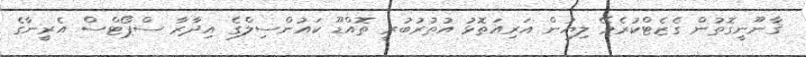
ޤާނޫނީގޮތުން ގެޒެޓްކުރެވޭ ލިޔުން އަރިއަތޮޅު އުތުރުބުރީ ތޮއްޑޫ ކައުންސިލްގެ އިދާރާ ސްޕޯޓްސް އެރީނާގެ